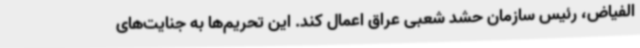
الفیاض، رئیس سازمان حشد شعبی عراق اعمال کند. این تحریم‌ها به جنایت‌های